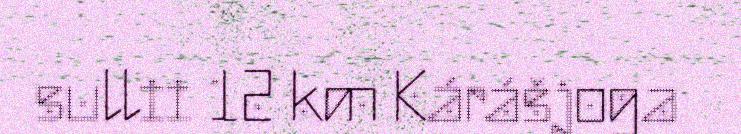
sullii 12 km Kárášjoga